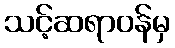
သင့်ဆရာဝန်မှ